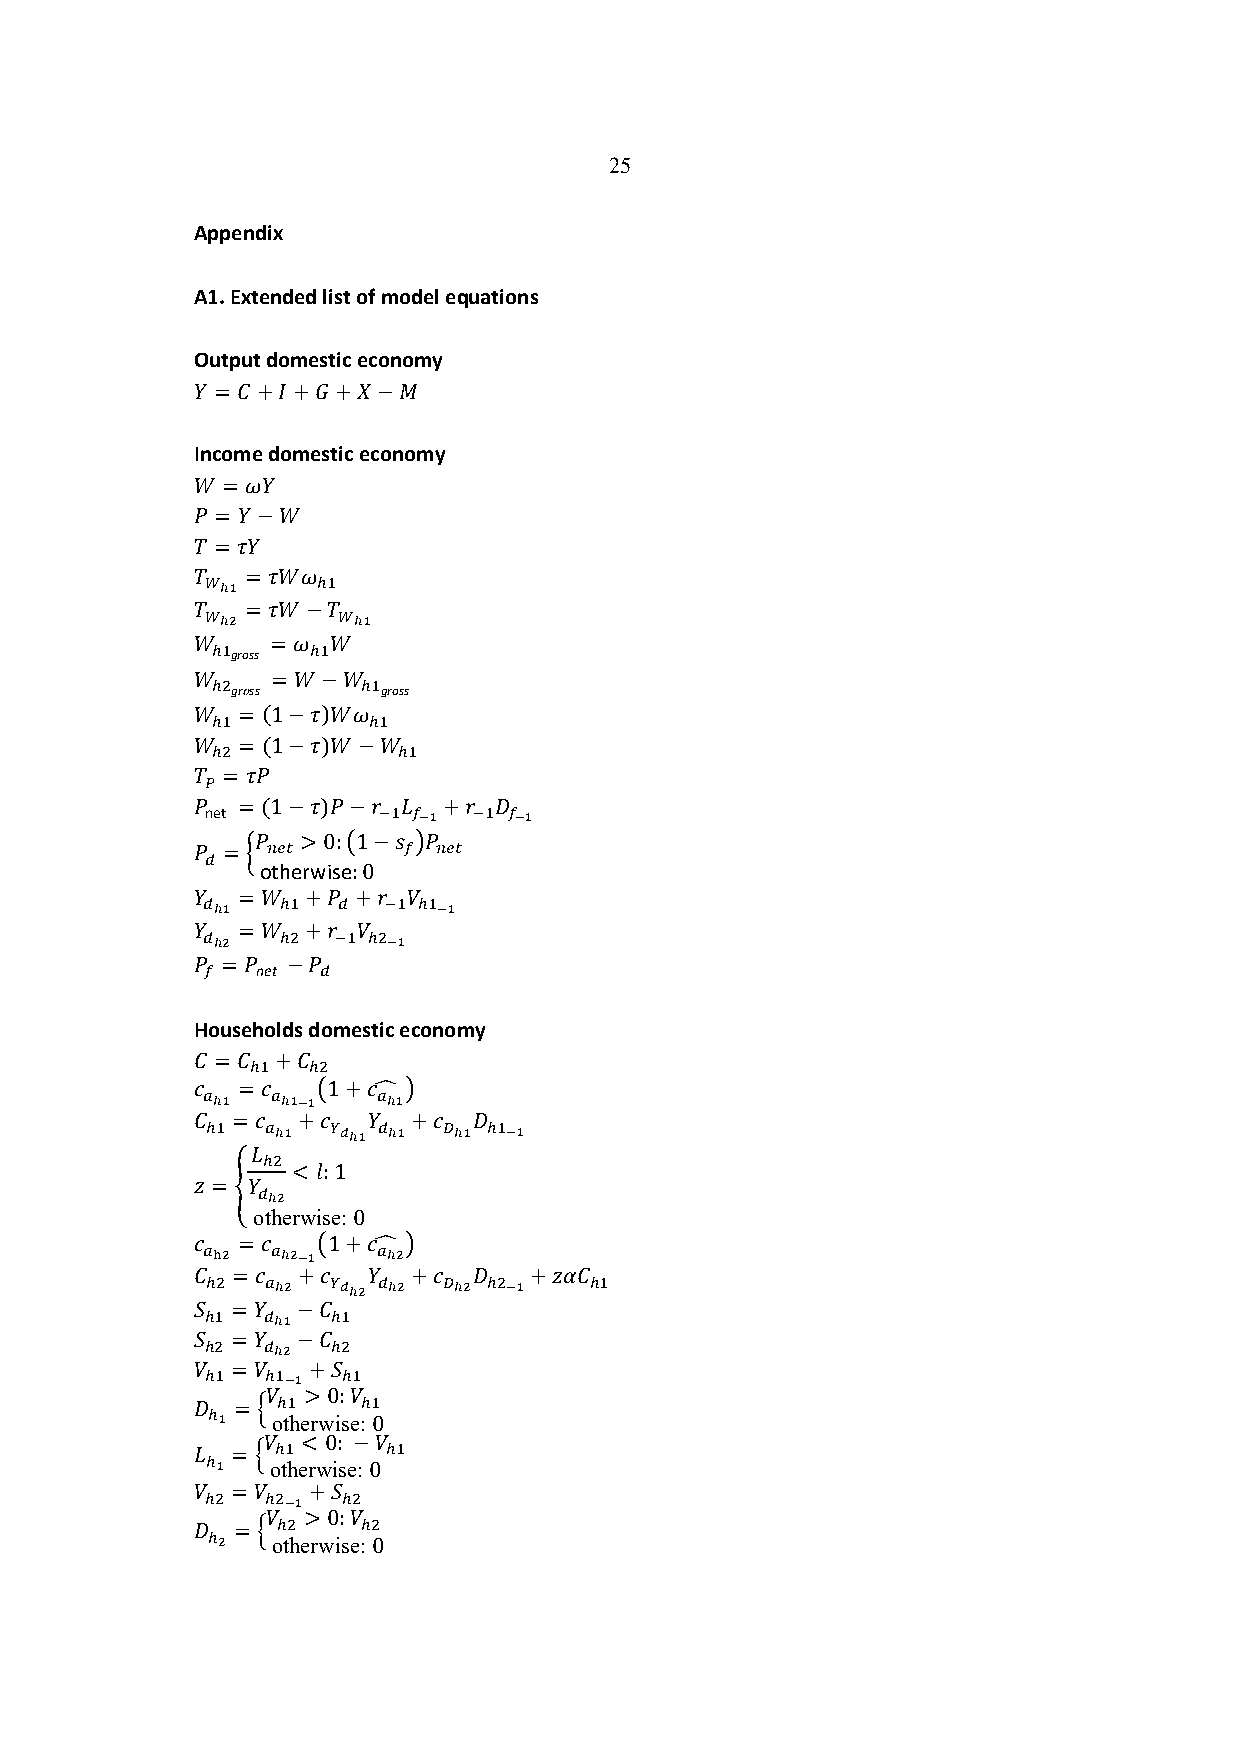
25
 Appendix
 A1. Extended list of model equations
 Output domestic economy
 $ = ,+"+.+/−1
 Income domestic economy
 2 = ($
 # = $−2
 3 = 4$
 3  = 42(
 $$%    !"
 3  = 42−3
 $$&     $$%
 2    = ( 2
 !"gross !"
 2    = 2−2
 !%gross   !"gross
 2  = (1−4)2(
 !"        !"
 2  = (1−4)2−2
 !%          !"
 3 = 4#
 &
 #  = (1−4)#−8 9 +8  :
 net        '" ((% '" ((%
 #  > 0:?1−@ A#
 # = ; *+,     ( *+,
 )
 otherwise:0
 $  = 2 +# +8  B
 )$%   !" )  '" !"(%
 $  = 2 +8  B
 )$&   !% '" !%(%
 # = # −#
 (   net )
 Households domestic economy
 , = , +,
 !" !%
 C  = C  ?1+CD A
 -$%  -$%(%  -$%
 , = C  +C  $  +C  :
 !"  -$% .)$% )$% /$% !"(%
 9
 !%
 < ': 1
 E =F$
 )$&
 otherwise: 0
 C  = C  ?1+CD A
 -*&  -$&(%  -$&
 , = C  +C  $  +C  :   +E&,
 !%  -$& .)$& )$& /$& !%(% !"
 H = $  −,
 !" )$%  !"
 H = $  −,
 !% )$&  !%
 B = B  +H
 !"  !"(% !"
 B > 0: B
 : = I !"   !"
 !%  otherwise: 0
 B  < 0: −B
 9 = I !"     !"
 !%  otherwise: 0
 B = B  +H
 !%  !%(% !%
 B > 0: B
 : = I !%   !%
 !&  otherwise: 0